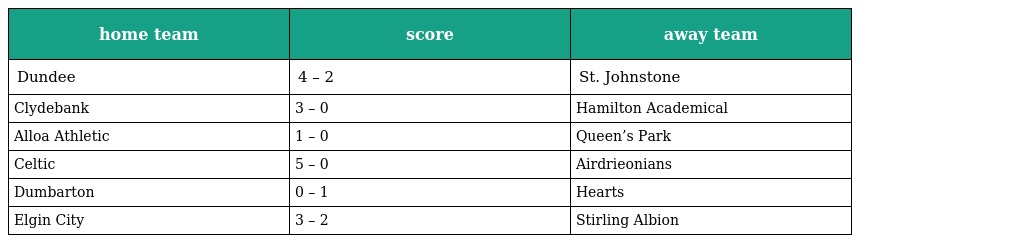
| home team | score | away team |
 | --- | --- | --- |
 | Dundee | 4 – 2 | St. Johnstone |
 | Clydebank | 3 – 0 | Hamilton Academical |
 | Alloa Athletic | 1 – 0 | Queen’s Park |
 | Celtic | 5 – 0 | Airdrieonians |
 | Dumbarton | 0 – 1 | Hearts |
 | Elgin City | 3 – 2 | Stirling Albion |